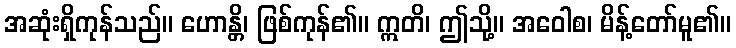
အဆုံးရှိကုန်သည်။ ဟောန္တိ၊ ဖြစ်ကုန်၏။ ဣတိ၊ ဤသို့။ အဝေါစ၊ မိန့်တော်မူ၏။